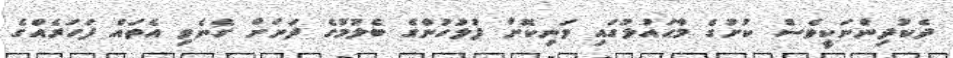
ދެކުދިންނަކީވެސް ކުށުގެ މާޙައުލުގައި ވަނިކޮށް ފުލުހުންގެ ބެލުމުގެ ދަށަށް ގެނެވި އެތައް ފަހަރެއްގެ